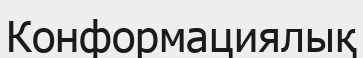
Конформациялық